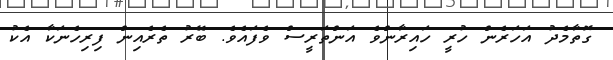
ގޮތާމެދު އަހަރެން ހުރީ ހައިރާންވެ އަންތަރީސް ވެފައެވެ. ބޭރު ތެރެއިން ފިރިހެނަކާ އެކު